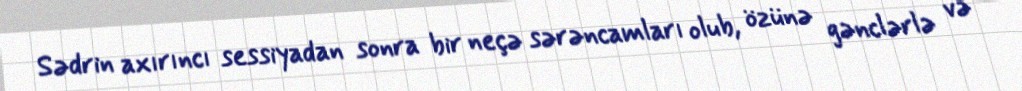
Sədrin axırıncı sessiyadan sonra bir neçə sərəncamları olub, özünə gənclərlə və